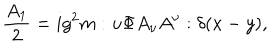
LaTeX: \frac { A _ { 1 } } { 2 } = i g ^ { 2 } m : u \Phi A _ { \nu } A ^ { \nu } : \delta ( x - y ) ,